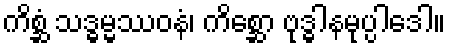
ကိစ္ဆံ သဒ္ဓမ္မဿဝနံ၊ ကိစ္ဆော ဗုဒ္ဓါနမုပ္ပါဒေါ။